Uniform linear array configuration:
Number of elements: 32
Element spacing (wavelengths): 0.5
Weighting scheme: blackman
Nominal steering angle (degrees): -30
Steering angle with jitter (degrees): -29.814
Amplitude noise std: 0.05
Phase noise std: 0.05

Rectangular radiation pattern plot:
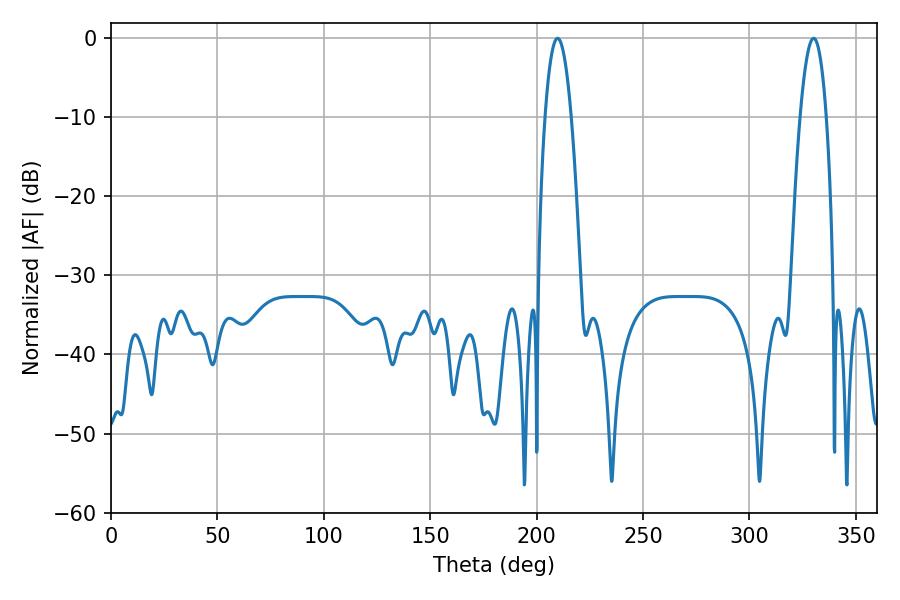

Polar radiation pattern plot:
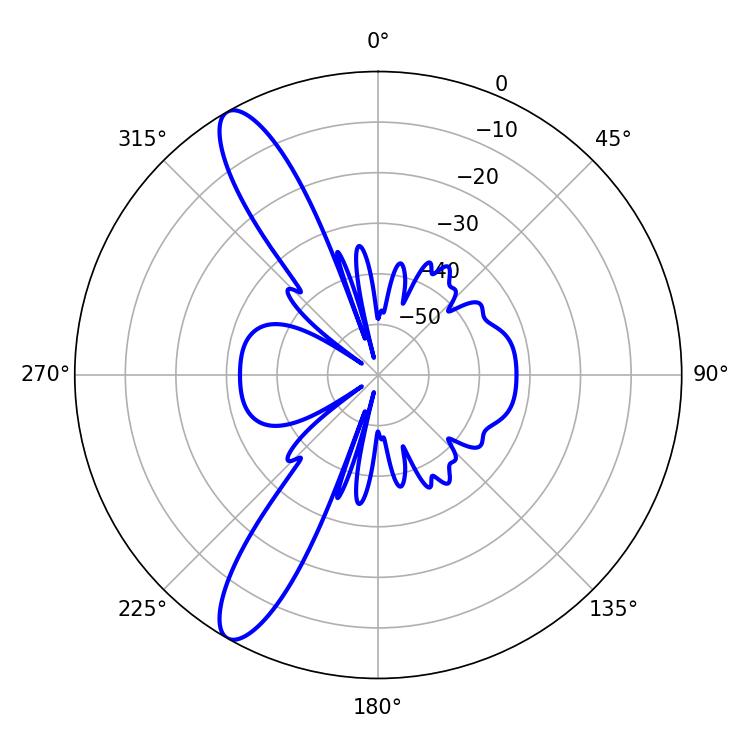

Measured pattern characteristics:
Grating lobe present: FALSE
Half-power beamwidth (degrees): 6.84
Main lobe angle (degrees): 330.12